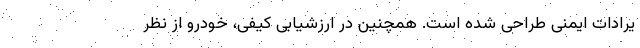
یرادات ایمنی طراحی شده است. همچنین در ارزشیابی کیفی، خودرو از نظر